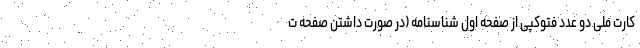
کارت ملی دو عدد فتوکپی از صفحه اول شناسنامه (در صورت داشتن صفحه ت